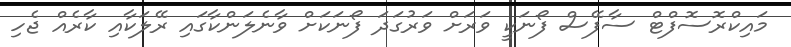
މައިކްރޮސޮފްޓް ސާފޭސް ފޯނަކީ ވަރަށް ވަރުގަދަ ފޯނަކަށް ވާނެލަންކާގައި ރޭލަކާއި ކާރެއް ޖެހި